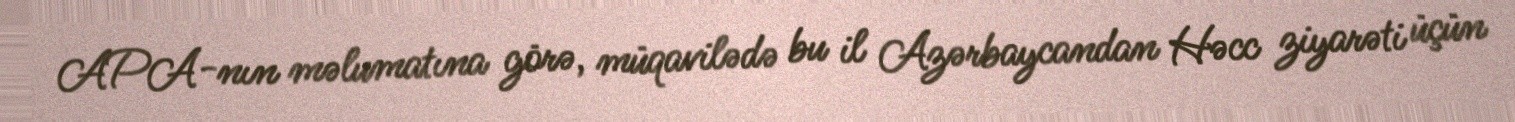
APA-nın məlumatına görə, müqavilədə bu il Azərbaycandan Həcc ziyarəti üçün